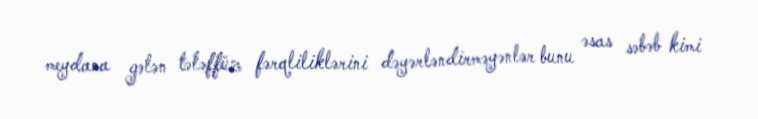
meydana gələn tələffüz fərqliliklərini dəyərləndirməyənlər bunu əsas səbəb kimi